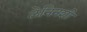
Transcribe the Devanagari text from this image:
लेनिनशी